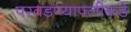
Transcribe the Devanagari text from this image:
परवडण्यापलीकडे